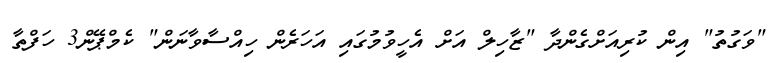
"ވަގުތު" އިން ކުރިއަށްގެންދާ "ޒާހިލް އަށް އެހީވުމުގައި އަހަރެން ހިއްސާވާނަން" ކެމްޕޭން3 ހަފްތާ